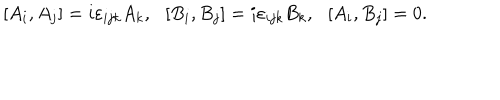
\left[ A _ { i } , A _ { j } \right] = i \varepsilon _ { i j k } A _ { k } , ~ ~ \left[ B _ { i } , B _ { j } \right] = i \varepsilon _ { i j k } B _ { k } , ~ ~ \left[ A _ { i } , B _ { j } \right] = 0 .